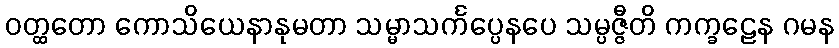
ဝတ္ထတော ကောသိယေနာနုမတာ သမ္မာသင်္ကပ္ပေနပေ သမ္ပဇ္ဇီတိ ကက္ခဠေန ဂမန